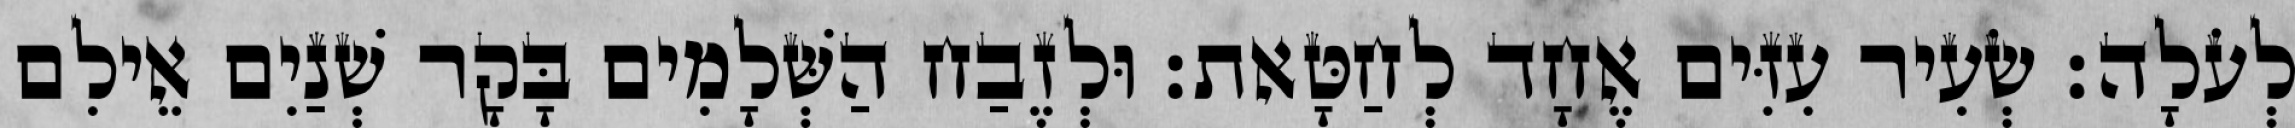
לְעֹלָה׃ שְׂעִיר עִזִּים אֶחָד לְחַטָּאת׃ וּלְזֶבַח הַשְּׁלָמִים בָּקָר שְׁנַיִם אֵילִם